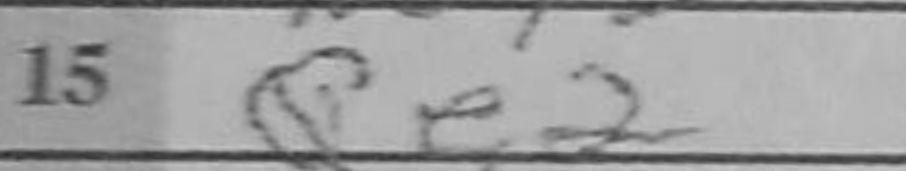
Transcription: Qe2